NAE_ERA_R-1665_Eesti_Kunstnike_Liit, lk 52
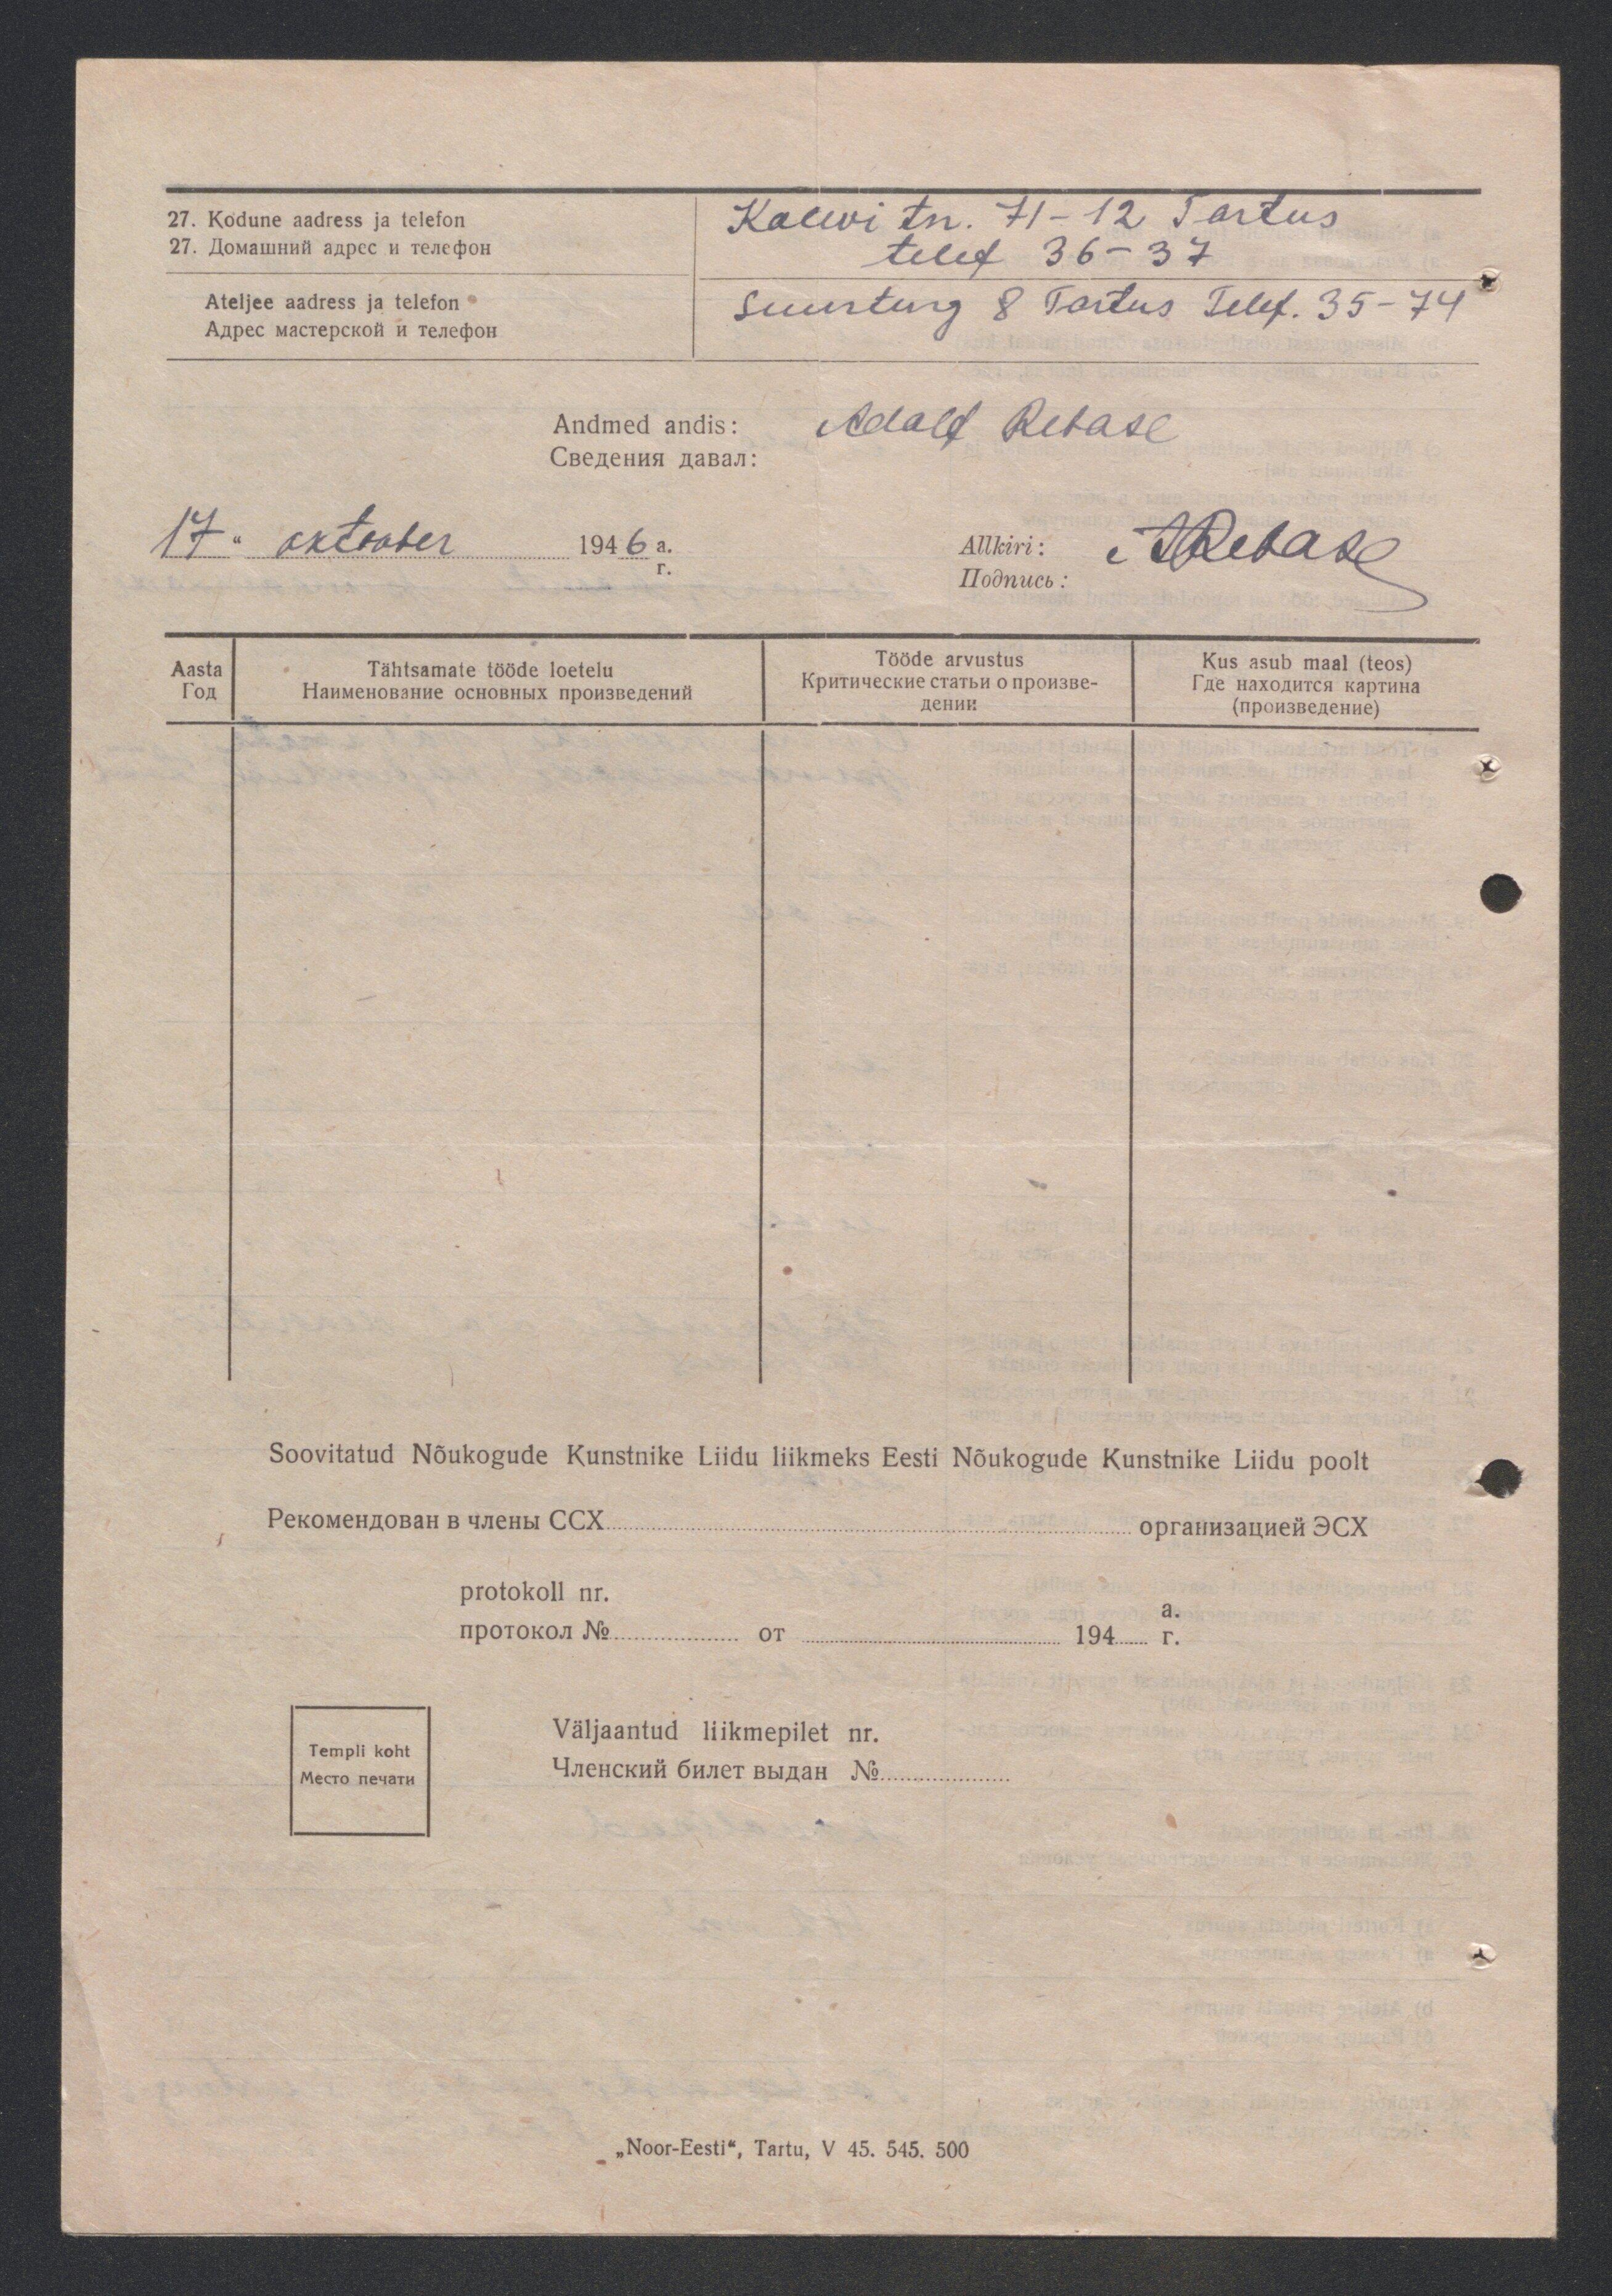
27. Kodune aadress ja telefon
Kalevi tn. 71-12 Tartus
telef 36-37
Ateljee aadress ja telefon
Suurturg 8 Tartus Telef. 35-74
Andmed andis: Adolf Rebase
17 " oktoober 1946 a.
Allkiri: ARebase
Aasta
Tähtsamate tööde loetelu
Tööde arvustus
Kus asub maal (teos)

Soovitatud Nõukogude Kunstnike Liidu liikmeks Eesti Nõukogude Kunstnike Liidu poolt
protokoll nr.

Templi koht

Väljaantud liikmepilet nr.

„Noor-Eesti", Tartu, V 45. 545. 500